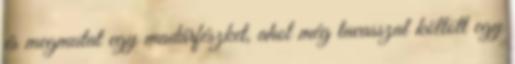
és megmutat egy madárfészket, ahol még tavasszal költött egy